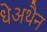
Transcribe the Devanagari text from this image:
धेअथैन